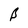
Character: B